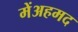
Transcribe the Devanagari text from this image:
मेंअहमद